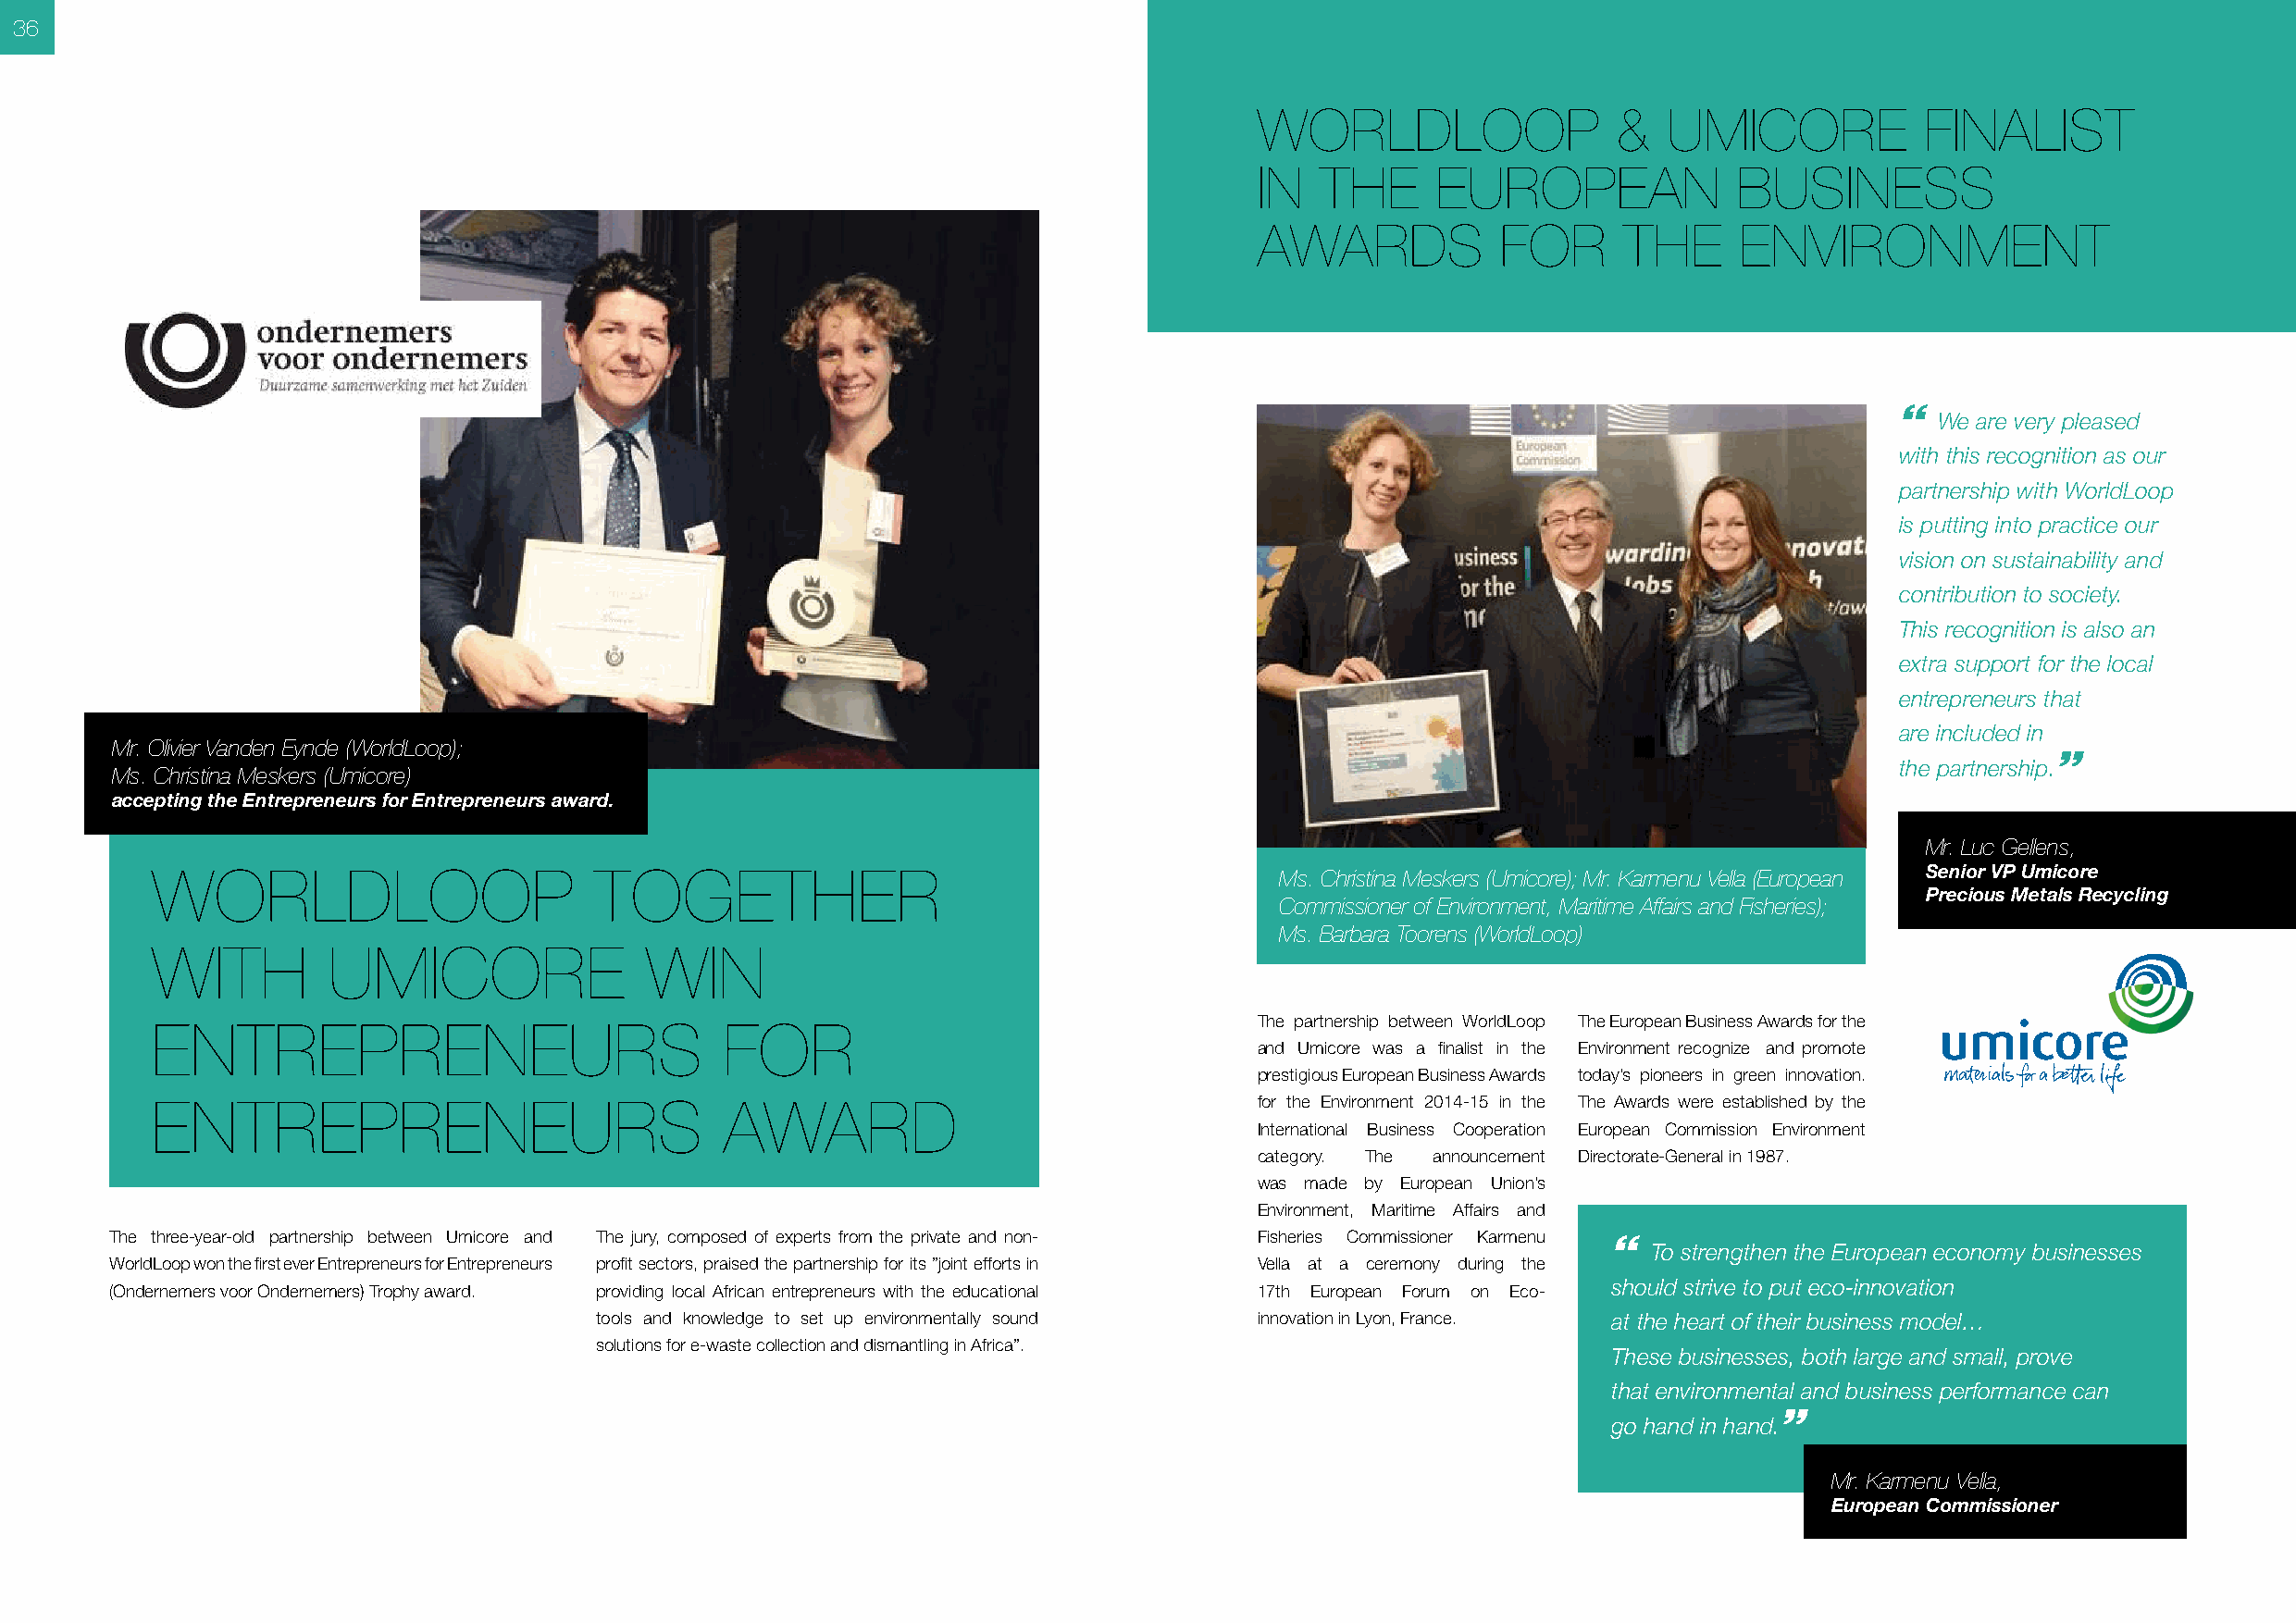
36
 WORLDLOOP                 &  UMICORE            FINALIST
 IN  THE      EUROPEAN             BUSINESS
 AWARDS           FOR      THE     ENVIRONMENT
 “
 We are very pleased
 with this recognition as our
 partnership with WorldLoop
 is putting into practice our
 vision on sustainability and
 contribution to society.
 This recognition is also an
 extra support for the local
 entrepreneurs that
 are included in
 Mr. Olivier Vanden Eynde (WorldLoop);
 ”
 the partnership.
 Ms. Christina Meskers (Umicore)
 accepting the Entrepreneurs for Entrepreneurs award.
 Mr. Luc Gellens,
 WORLDLOOP                       TOGETHER                                        Ms. Christina Meskers (Umicore); Mr. Karmenu Vella (European Senior VP Umicore
 Precious Metals Recycling
 Commissioner of Environment, Maritime Affairs and Fisheries);
 Ms. Barbara Toorens (WorldLoop)
 WITH        UMICORE                WIN
 The partnership between WorldLoop The European Business Awards for the
 ENTREPRENEURS                            FOR
 and Umicore was a finalist in the Environment recognize and promote
 prestigious European Business Awards today’s pioneers in green innovation.
 ENTREPRENEURS                            AWARD                                 for the Environment 2014-15 in the The Awards were established by the
 International Business Cooperation European Commission Environment
 category. The announcement Directorate-General in 1987.
 was made by European Union’s
 Environment, Maritime Affairs and
 The three-year-old partnership between Umicore and The jury, composed of experts from the private and non- Fisheries Commissioner Karmenu “
 To strengthen the European economy businesses
 WorldLoop won the first ever Entrepreneurs for Entrepreneurs profit sectors, praised the partnership for its ”joint efforts in Vella at a ceremony during the
 should strive to put eco-innovation
 (Ondernemers voor Ondernemers) Trophy award. providing local African entrepreneurs with the educational 17th European Forum on Eco-
 tools and knowledge to set up environmentally sound innovation in Lyon, France. at the heart of their business model…
 solutions for e-waste collection and dismantling in Africa”.
 These businesses, both large and small, prove
 that environmental and business performance can
 ”
 go hand in hand.
 Mr. Karmenu Vella,
 European Commissioner